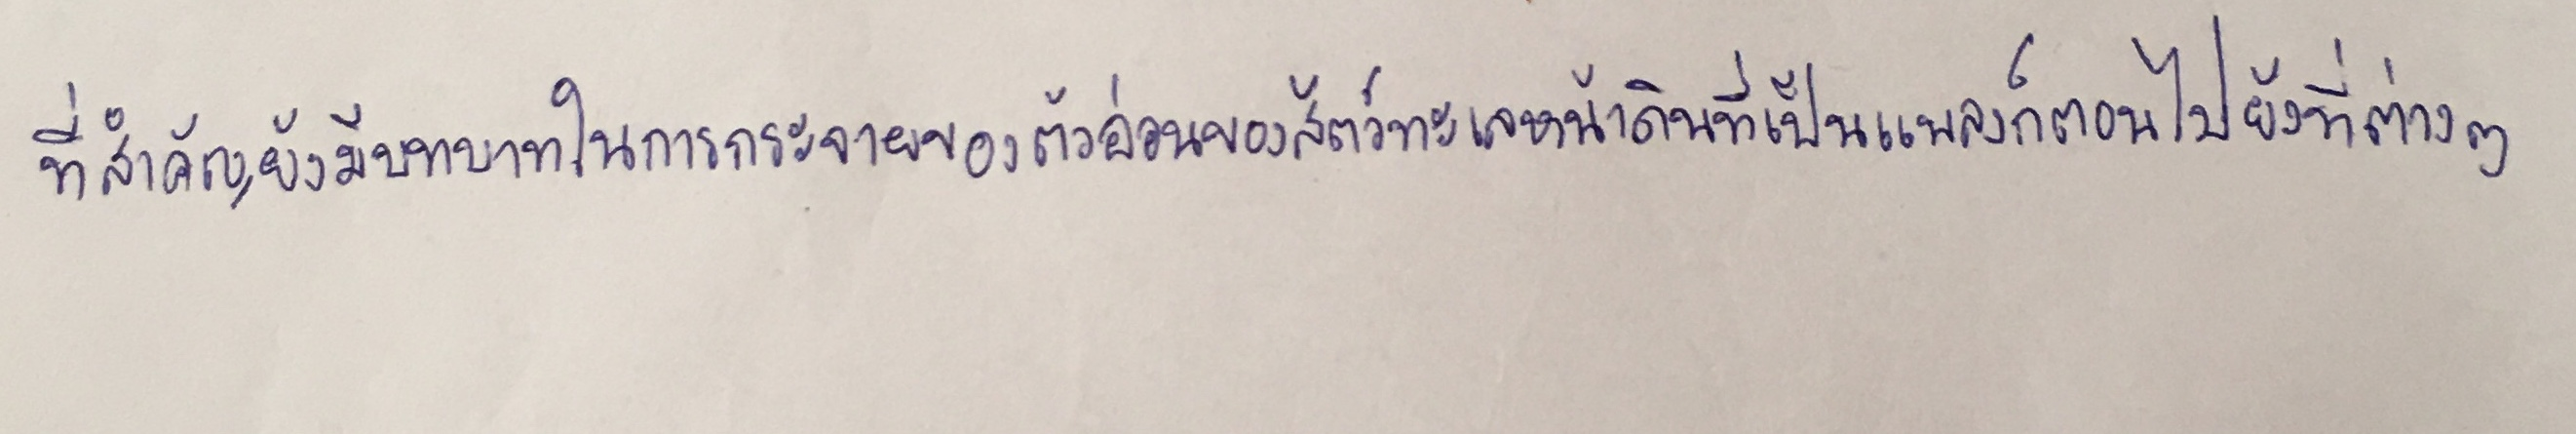
ที่สำคัญยังมีบทบาทในการกระจายของตัวอ่อนของสัตว์ทะเลหน้าดินที่เป็นแพลงก์ตอนไปยังที่ต่างๆ